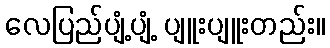
လေပြည်ပျံ့ပျံ့ ပျူးပျူးတည်း။